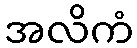
အလိကံ